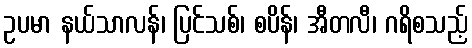
ဥပမာ နယ်သာလန်၊ ပြင်သစ်၊ စပိန်၊ အီတလီ၊ ဂရိစသည့်